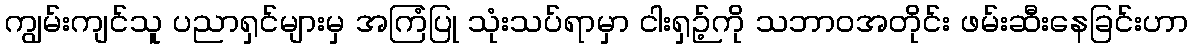
ကျွမ်းကျင်သူ ပညာရှင်များမှ အကြံပြု သုံးသပ်ရာမှာ ငါးရှဉ့်ကို သဘာဝအတိုင်း ဖမ်းဆီးနေခြင်းဟာ